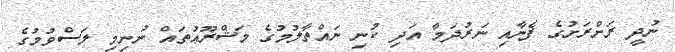
ނުދީ ރަށްރަށުގެ ފެނާއި ނަރުދަމާ އަދި ކުނި ނައްތާލުމުގެ މަޝްރޫޢުތައް ނުނިމި ލަސްވުމުގެ